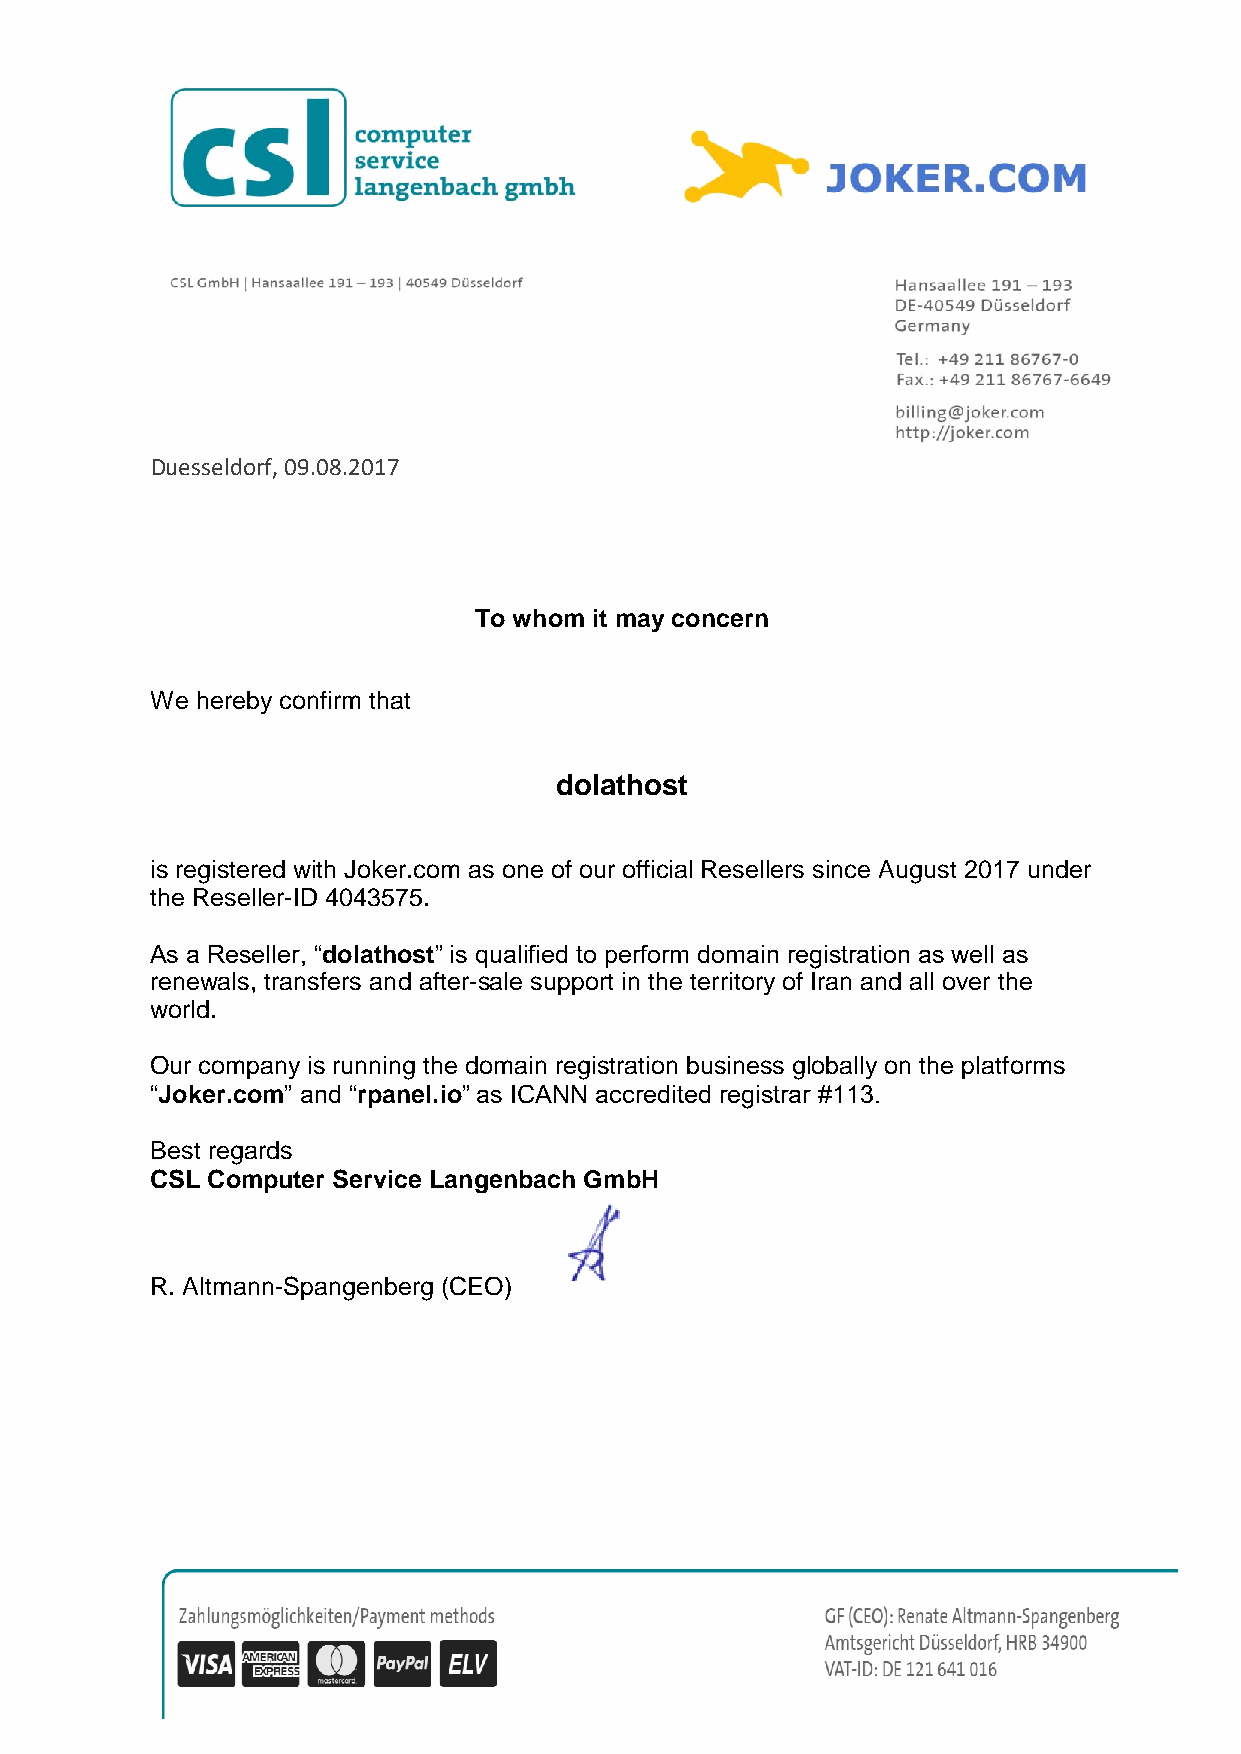
Duesseldorf, 09.08.2017
 To whom it may concern
 We hereby confirm that
 dolathost
 is registered with Joker.com as one of our official Resellers since August 2017 under
 the Reseller-ID 4043575.
 As a Reseller, “dolathost” is qualified to perform domain registration as well as
 renewals, transfers and after-sale support in the territory of Iran and all over the
 world.
 Our company is running the domain registration business globally on the platforms
 “Joker.com” and “rpanel.io” as ICANN accredited registrar #113.
 Best regards
 CSL Computer Service Langenbach GmbH
 R. Altmann-Spangenberg (CEO)